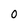
Character: 0